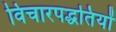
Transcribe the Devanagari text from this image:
विचारपद्धतियों